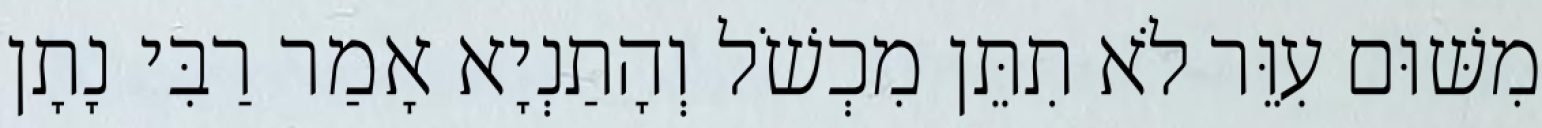
מִשּׁוּם עִוֵּר לֹא תִתֵּן מִכְשֹׁל וְהָתַנְיָא אָמַר רַבִּי נָתָן